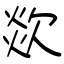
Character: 欻